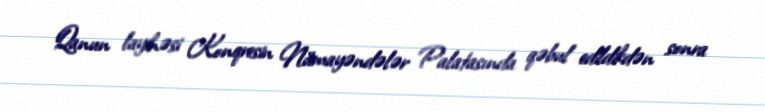
Qanun layihəsi Konqresin Nümayəndələr Palatasında qəbul edildikdən sonra